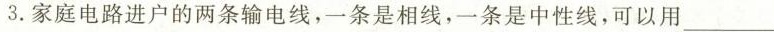
3.家庭电路进户的两条输电线，一条是相线，一条是中性线，可以用___